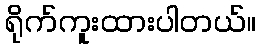
ရိုက်ကူးထားပါတယ်။